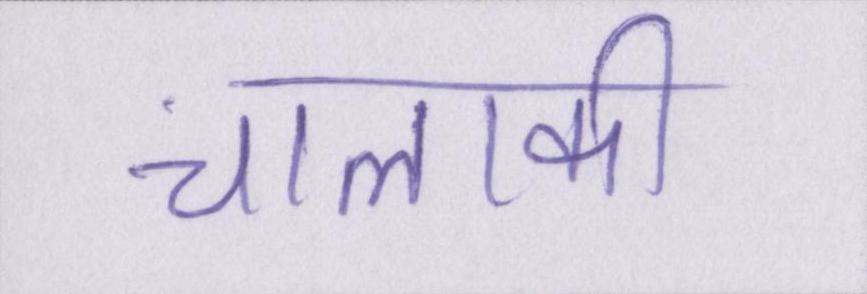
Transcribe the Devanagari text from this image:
चालाकी